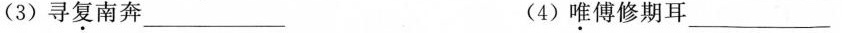
(3) 寻复南奔 ___ (4) 唯傅修期耳 ___